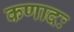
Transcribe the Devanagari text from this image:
कणादः